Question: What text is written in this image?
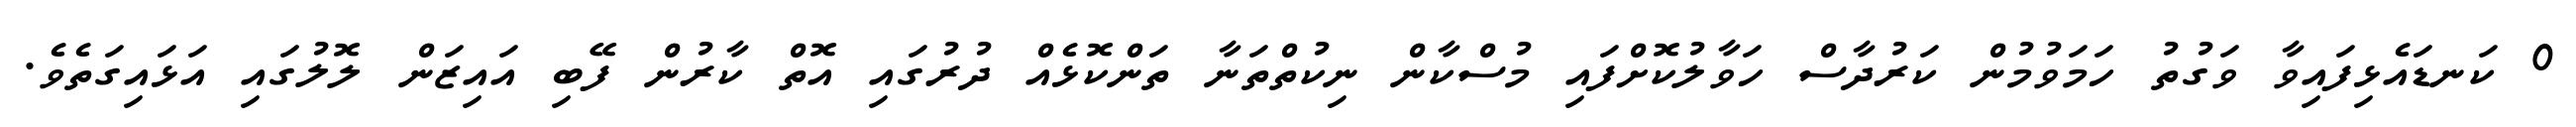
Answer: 0 ކަނޑައެޅިފައިވާ ވަގުތު ހަމަވުމުން ކަރުދާސް ހަވާލުކޮށްފައި މުސްކާން ނިކުތްތަނާ ތަންކޮޅެއް ދުރުގައި އޮތް ކާރުން ފޭބި އައިޒަން ލޮލުގައި އަޅައިގަތެވެ.